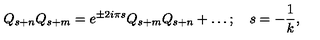
Q _ { s + n } Q _ { s + m } = e ^ { \pm 2 i { \pi } s } Q _ { s + m } Q _ { s + n } + \ldots ; \quad s = { - { \frac { 1 } { k } } } ,